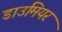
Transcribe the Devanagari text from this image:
डाउमियर